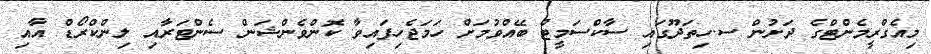
މިއެގްރީމެންޓްގެ ދަށުން ސ.ހިތަދޫގައި ސާކްސަމީޓް ބޭއްވުމަށް ހަމަޖެހިފައިވާ ކޮންވެންޝަން ސެންޓަރާއި ލިންކްރޯޑް އާއި